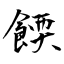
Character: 餪